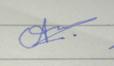
Signature authenticity: forged